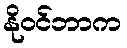
နိုဝင်ဘာက